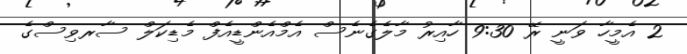
2 އެމީހާ ވަނީ ރޭ 9:30 ހާއިރު މާލެގެނެސް އެމްއެންޑީއެފް މެޑިކަލް ސާރވިސްގެ